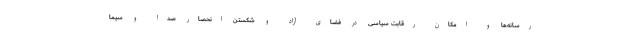
رسانه‌ها و امکان رقابت سیاسی در فضای آزاد و شکستن انحصار صدا و سیما